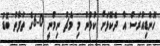
ހޮންޑިއުރަސް އާ ދެކޮޅަށް ކުޅުނު މި މެޗު ނިމުނީ 0-6ގެ ތަފާތު ބޮޑު